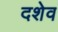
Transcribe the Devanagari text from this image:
दशेव